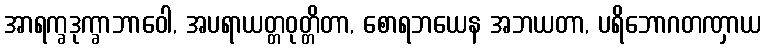
အာရက္ခဒုက္ခာဘာဝေါ, အပရာယတ္တဝုတ္တိတာ, စောရဘယေန အဘယတာ, ပရိဘောဂတဏှာယ